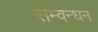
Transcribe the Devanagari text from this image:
सम्वन्धन